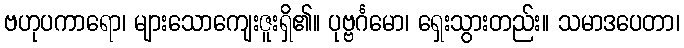
ဗဟုပကာရော၊ များသောကျေးဇူးရှိ၏။ ပုဗ္ဗင်္ဂမော၊ ရှေးသွားတည်း။ သမာဒပေတာ၊